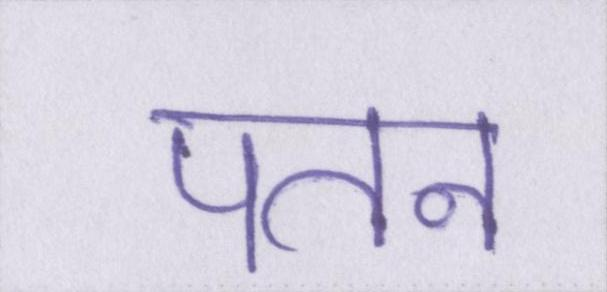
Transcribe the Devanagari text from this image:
पतन